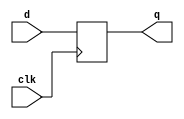

module dff(clk, d, q);
input clk, d;
output reg q;
always @(posedge clk)
	q <= d;
endmodule

module dffa(clk, arst, d, q);
input clk, arst, d;
output reg q;
always @(posedge clk or posedge arst) begin
	if (arst)
		q <= 1;
	else
		q <= d;
end
endmodule

module dffa1(clk, arst, d, q);
input clk, arst, d;
output reg q;
always @(posedge clk or negedge arst) begin
	if (~arst)
		q <= 0;
	else
		q <= d;
end
endmodule

module dffa2(clk, arst, d, q);
input clk, arst, d;
output reg q;
always @(posedge clk or negedge arst) begin
	if (!arst)
		q <= 0;
	else
		q <= d;
end
endmodule

module dffa3(clk, arst, d, q);
input clk, arst, d;
output reg q;
always @(posedge clk or negedge arst) begin
	if (~(!arst))
		q <= d;
	else
		q <= 1;
end
endmodule

module dffa4(clk, arst1, arst2, arst3, d, q);
input clk, arst1, arst2, arst3, d;
output reg q;
always @(posedge clk, posedge arst1, posedge arst2, negedge arst3) begin
	if (arst1)
		q <= 0;
	else if (arst2)
		q <= 0;
	else if (!arst3)
		q <= 0;
	else
		q <= d;
end
endmodule

// SR-Flip-Flops are on the edge of well defined Verilog constructs in terms of
// simulation-implementation mismatches. The following testcases try to cover the
// part that is defined and avoid the undefined cases.

module dffsr1(clk, arst, d, q);
input clk, arst, d;
output reg q;
always @(posedge clk, posedge arst) begin
	if (arst)
		q <= d^d; // constant expression -- but the frontend optimizer does not know that..
	else
		q <= d;
end
endmodule

module dffsr2(clk, preset, clear, d, q);
input clk, preset, clear, d;
output q;
(* gentb_clock *)
wire clk, preset, clear, d;
dffsr2_sub uut (clk, preset && !clear, !preset && clear, d, q);
endmodule

(* gentb_skip *)
module dffsr2_sub(clk, preset, clear, d, q);
input clk, preset, clear, d;
output reg q;
always @(posedge clk, posedge preset, posedge clear) begin
	if (preset)
		q <= 1;
	else if (clear)
		q <= 0;
	else
		q <= d;
end
endmodule